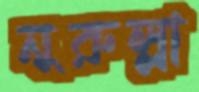
নুরুল্লা